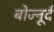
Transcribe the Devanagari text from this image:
बोज्नूर्द